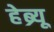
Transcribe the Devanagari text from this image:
हेब्र्यू